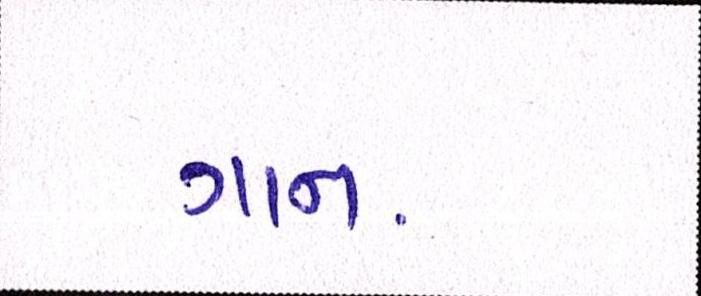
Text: ગાન